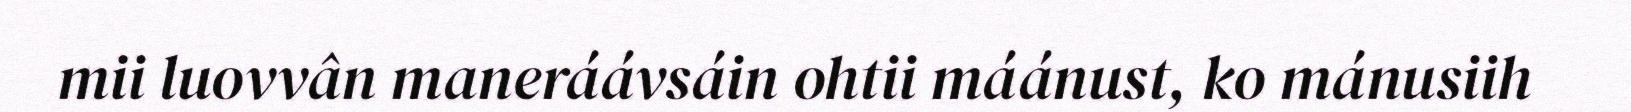
mii luovvân maneráávsáin ohtii máánust, ko mánusiih